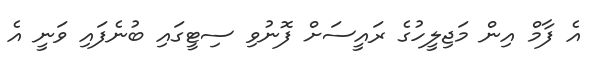
އެ ފާމް އިން މަޖިލީހުގެ ރައީސަށް ފޮނުވި ސިޓީގައި ބުނެފައި ވަނީ އެ